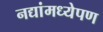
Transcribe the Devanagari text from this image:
नद्यांमध्येपण